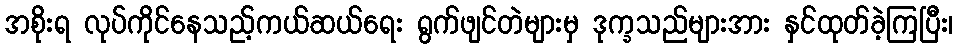
အစိုးရ လုပ်ကိုင်နေသည့်ကယ်ဆယ်ရေး ရွက်ဖျင်တဲများမှ ဒုက္ခသည်များအား နှင်ထုတ်ခဲ့ကြပြီး၊